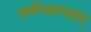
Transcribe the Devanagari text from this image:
सर्वमलापहम्